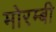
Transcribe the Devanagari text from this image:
मोरम्बी